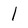
Character: 1